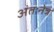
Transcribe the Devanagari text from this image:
अंतःनेत्र